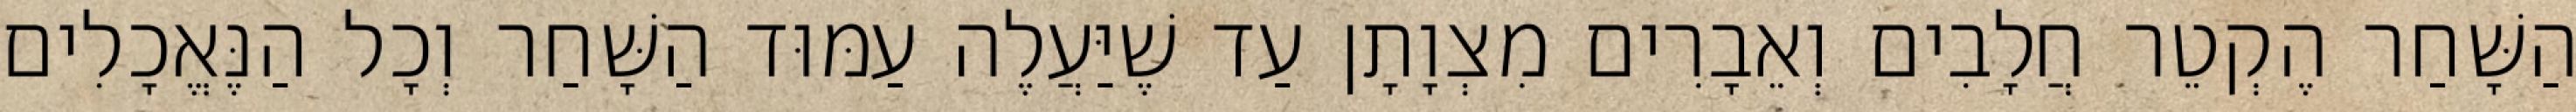
הַשָּׁחַר הֶקְטֵר חֲלָבִים וְאֵבָרִים מִצְוָתָן עַד שֶׁיַּעֲלֶה עַמּוּד הַשָּׁחַר וְכָל הַנֶּאֱכָלִים